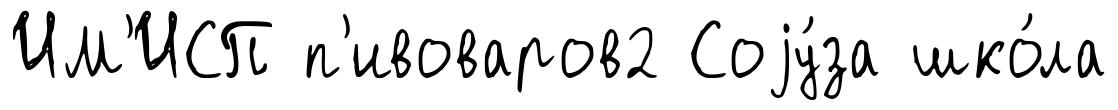
ИМ'ИСП п'ивоваров2 Соjу́за шко́ла